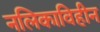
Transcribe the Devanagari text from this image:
नलिकाविहीन